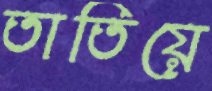
তাতিয়ে